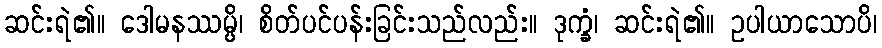
ဆင်းရဲ၏။ ဒေါမနဿမ္ပိ၊ စိတ်ပင်ပန်းခြင်းသည်လည်း။ ဒုက္ခံ၊ ဆင်းရဲ၏။ ဥပါယာသောပိ၊